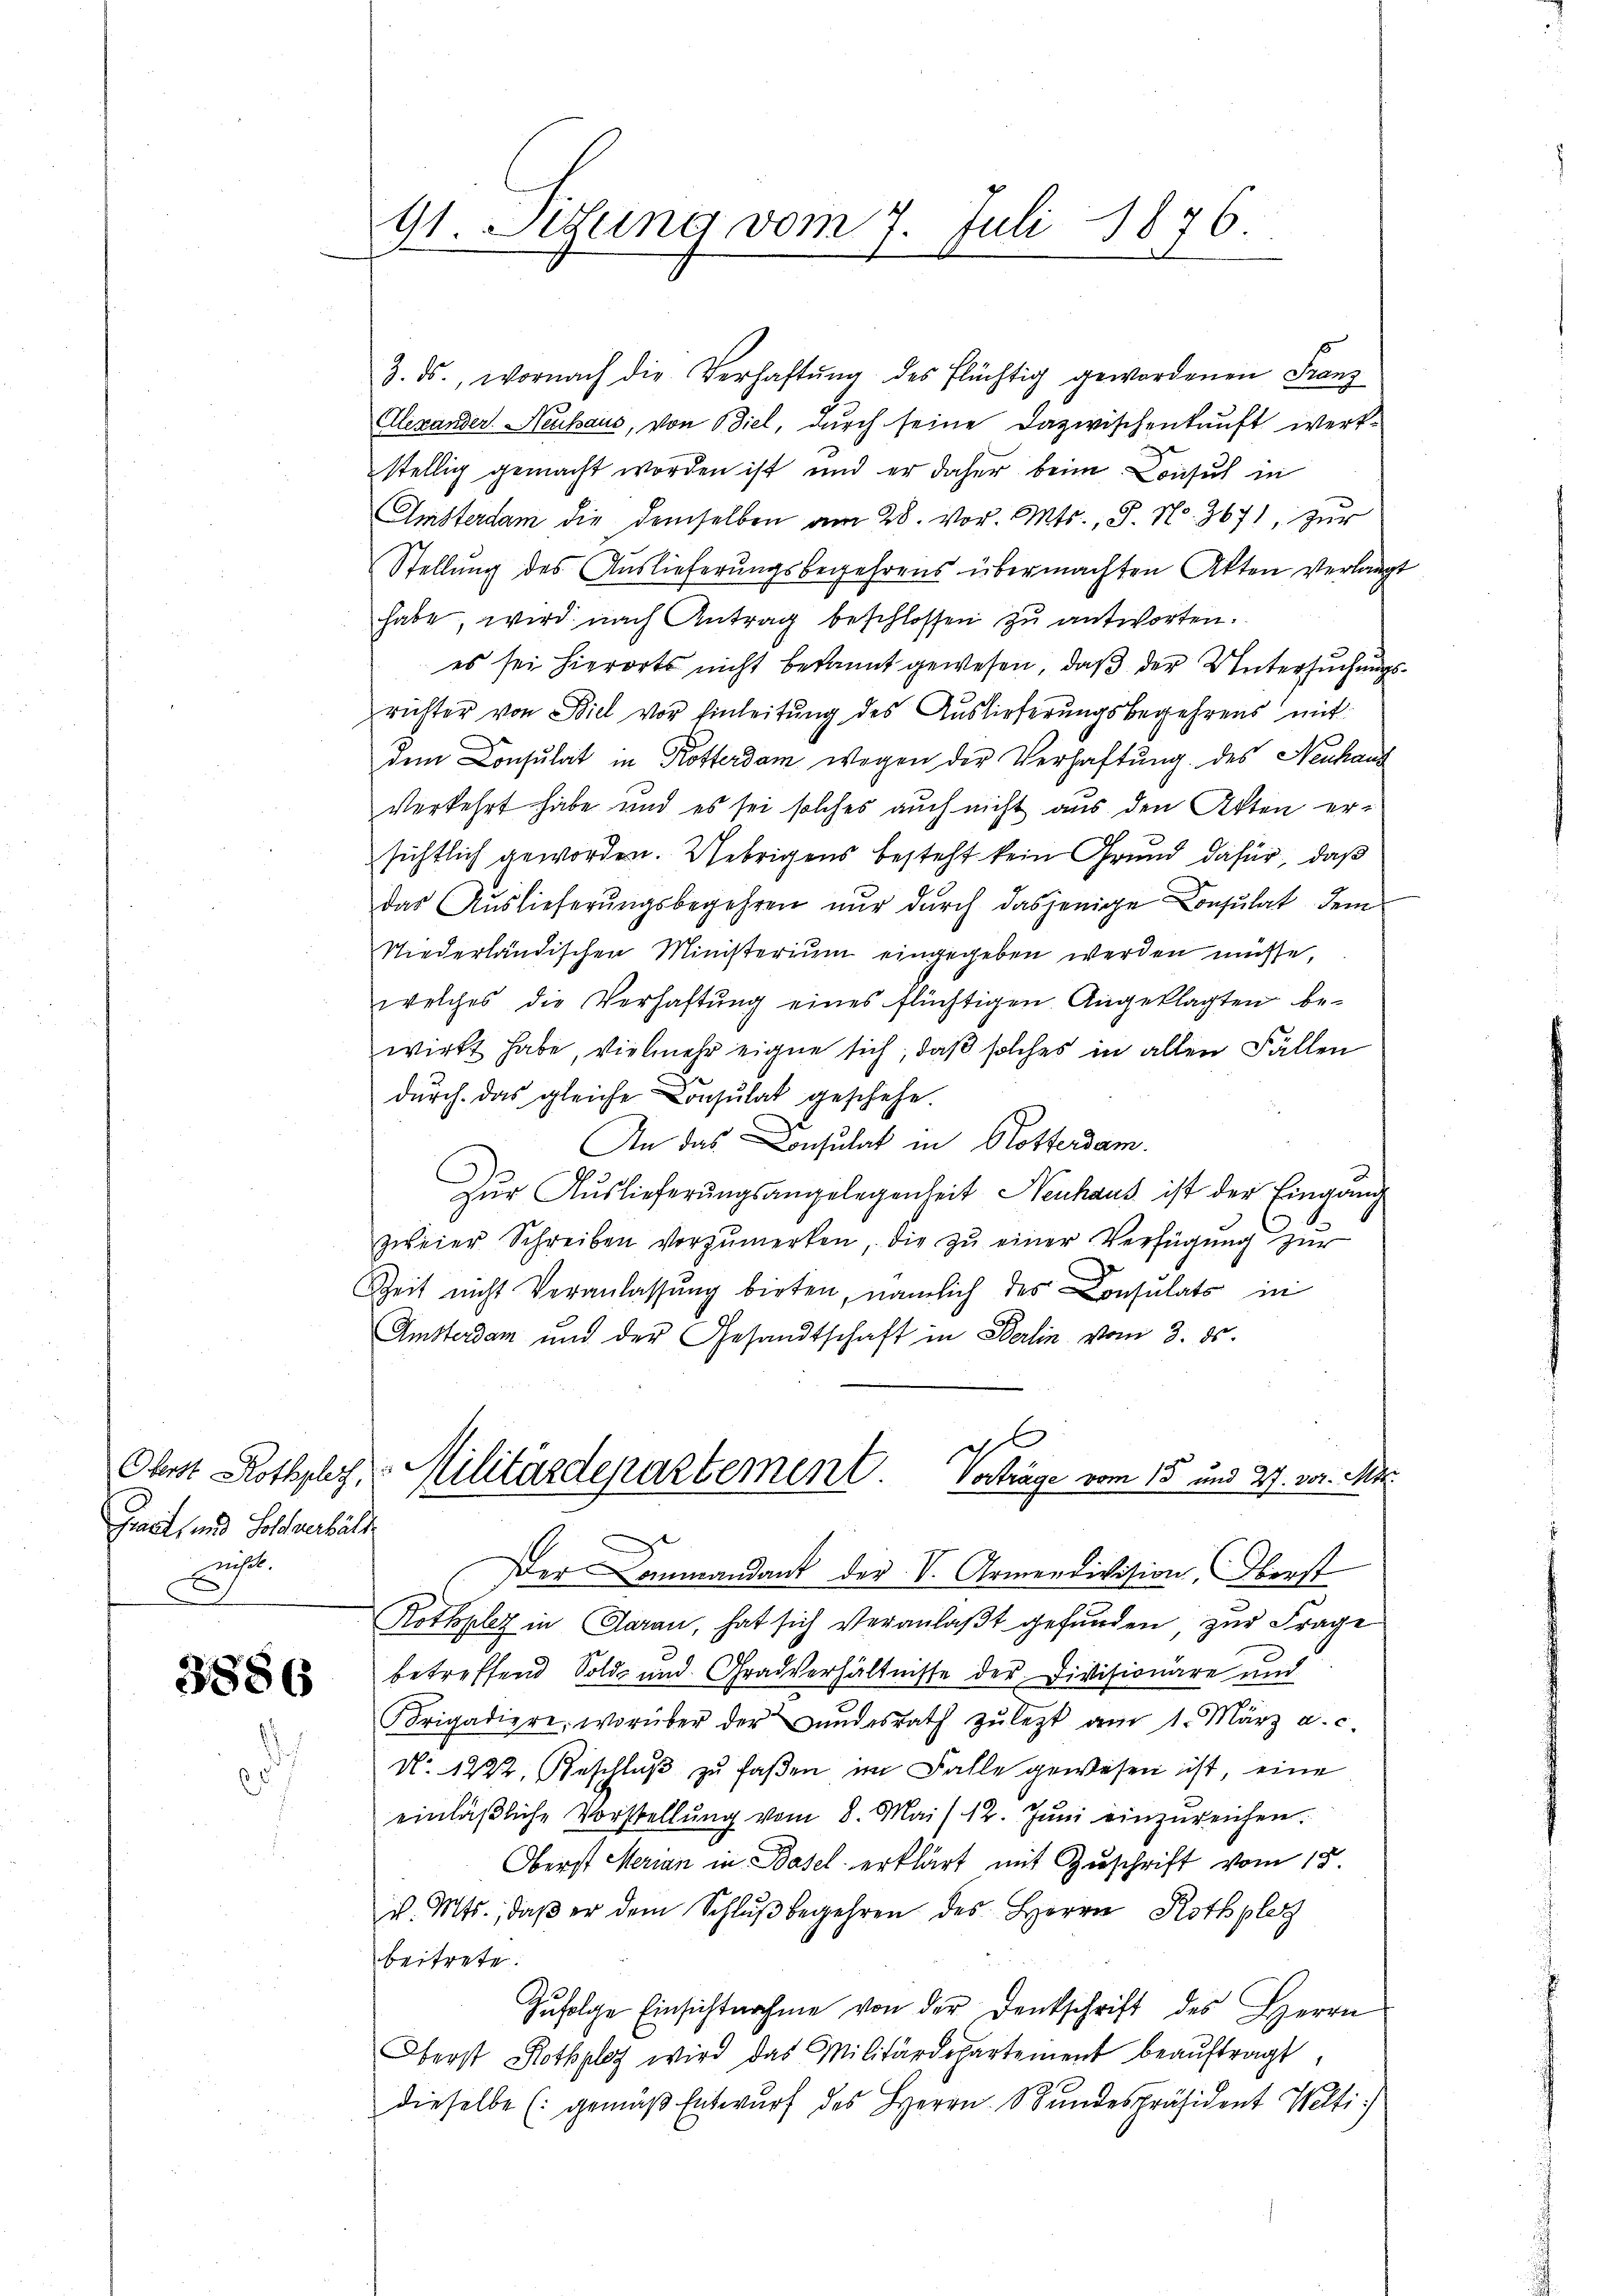
Gract, und Solchverhält
.

3886

91. Setzung vom 7. Juli 1876.

3. ds., wornach die Verhaftŭng des Flüchtig gewordenen Franz
Alexander. Neuhaus, von Biel, durch seine Dazwischenkunft werk-
stellig gemacht worden ist, und er daher beim Consul in
Amsterdam die demselben am 28. vor. Mts., S. No. 3671, zŭr
Stellung des Auslieferungsbegehrens übermachten Akten verlangt
habe, wird nach Antrag beschlossen zu antworten.
es sei hierorts nicht bekannt gewesen, daß der Untersuchungsrichter von Biel vor Einleitung des Auslieferungsbegehrens mit
dem Consulat in Kosterdam wegen der Verhaftung des Neuhaus
Verkehrt habe und es sei solches auch nicht aus den Akten er-
sichtlich geworden. Uebrigens besteht kein Grund dafür, daß
das Auslieferungsbegehren nur durch dasjenige Consulat dem
Niederländischen Ministerium eingegeben werden müsse,
welches die Verhaftŭng eines flüchtigen Angeklagten be-
wirkt habe, vielmehr eigne sich, daß solches in allen Fällen
dŭrch das gleiche Consulat geschehe.
An das Consulat in Rotterdam.
Zur Auslieferungsangelegenheit Neuhaus ist der Eingang
zweier Schreiben vorzumerken, die zŭ einer Verfügŭng zŭr
Zeit nicht Veranlassung birten, nämlich des Consulats in
Amsterdam und der Gesandtschaft in Berlin vom 3. ds.
g
Ohrst Rothply, Militärdepartement. Vorträge vom 15 und 27. vor. Mts.
Der Commandant der V. Armendivision, Oberst
Rothplz in Garan, hat sich veranlaßt gefunden, zur Frage
betreffend Sold- und Gradverhältnisse der Divisionäre und
Brigadiere, worüber der Bŭndesrath zŭ lezt am 1. März a. c.
No. 1222, Beschlŭβ zŭ faßen im Falle gewesen ist, eine
einläβliche Vorstellŭng vom 8. Mai 12. Jŭni einzŭreichen.
Oberst Merian in Basel erklärt mit Zuschrift vom 15.
v. Mts., daβ er dem Schlŭβ begehren des Herrn Rothplatz
beitrete.
Zŭfolge Einsichtnahme von der Denkschrift des Herrn
Oberst Rothplaz wird das Militärdepartement beaŭftragt,
dieselbe (gemäβ Entwurf des Herrn Bundespräsident Welti.